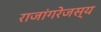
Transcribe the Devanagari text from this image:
राजांगरेजस्य